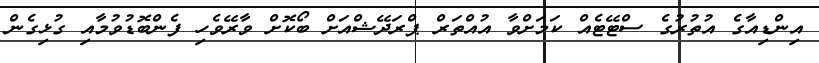
އިންޑިއާގެ އުތުރުގެ ސްޓޭޓެއް ކަމަށްވާ އުއްތަރް ޕްރަދޭޝްއަށް ބޯކޮށް ވާރޭވެހި ފެންބޮޑުވުމާއި ގުޅިގެން